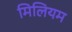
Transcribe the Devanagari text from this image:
मिलियम